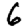
Digit: 6